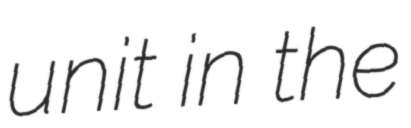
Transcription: unit in the